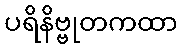
ပရိနိဗ္ဗုတကထာ